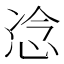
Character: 𫺇